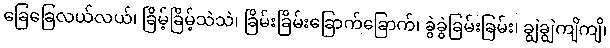
ခြေခြေလယ်လယ်၊ ခြိမ့်ခြိမ့်သဲသဲ၊ ခြိမ်းခြိမ်းခြောက်ခြောက်၊ ခွဲခွဲခြမ်းခြမ်း၊ ချွဲချွဲကျိကျိ၊